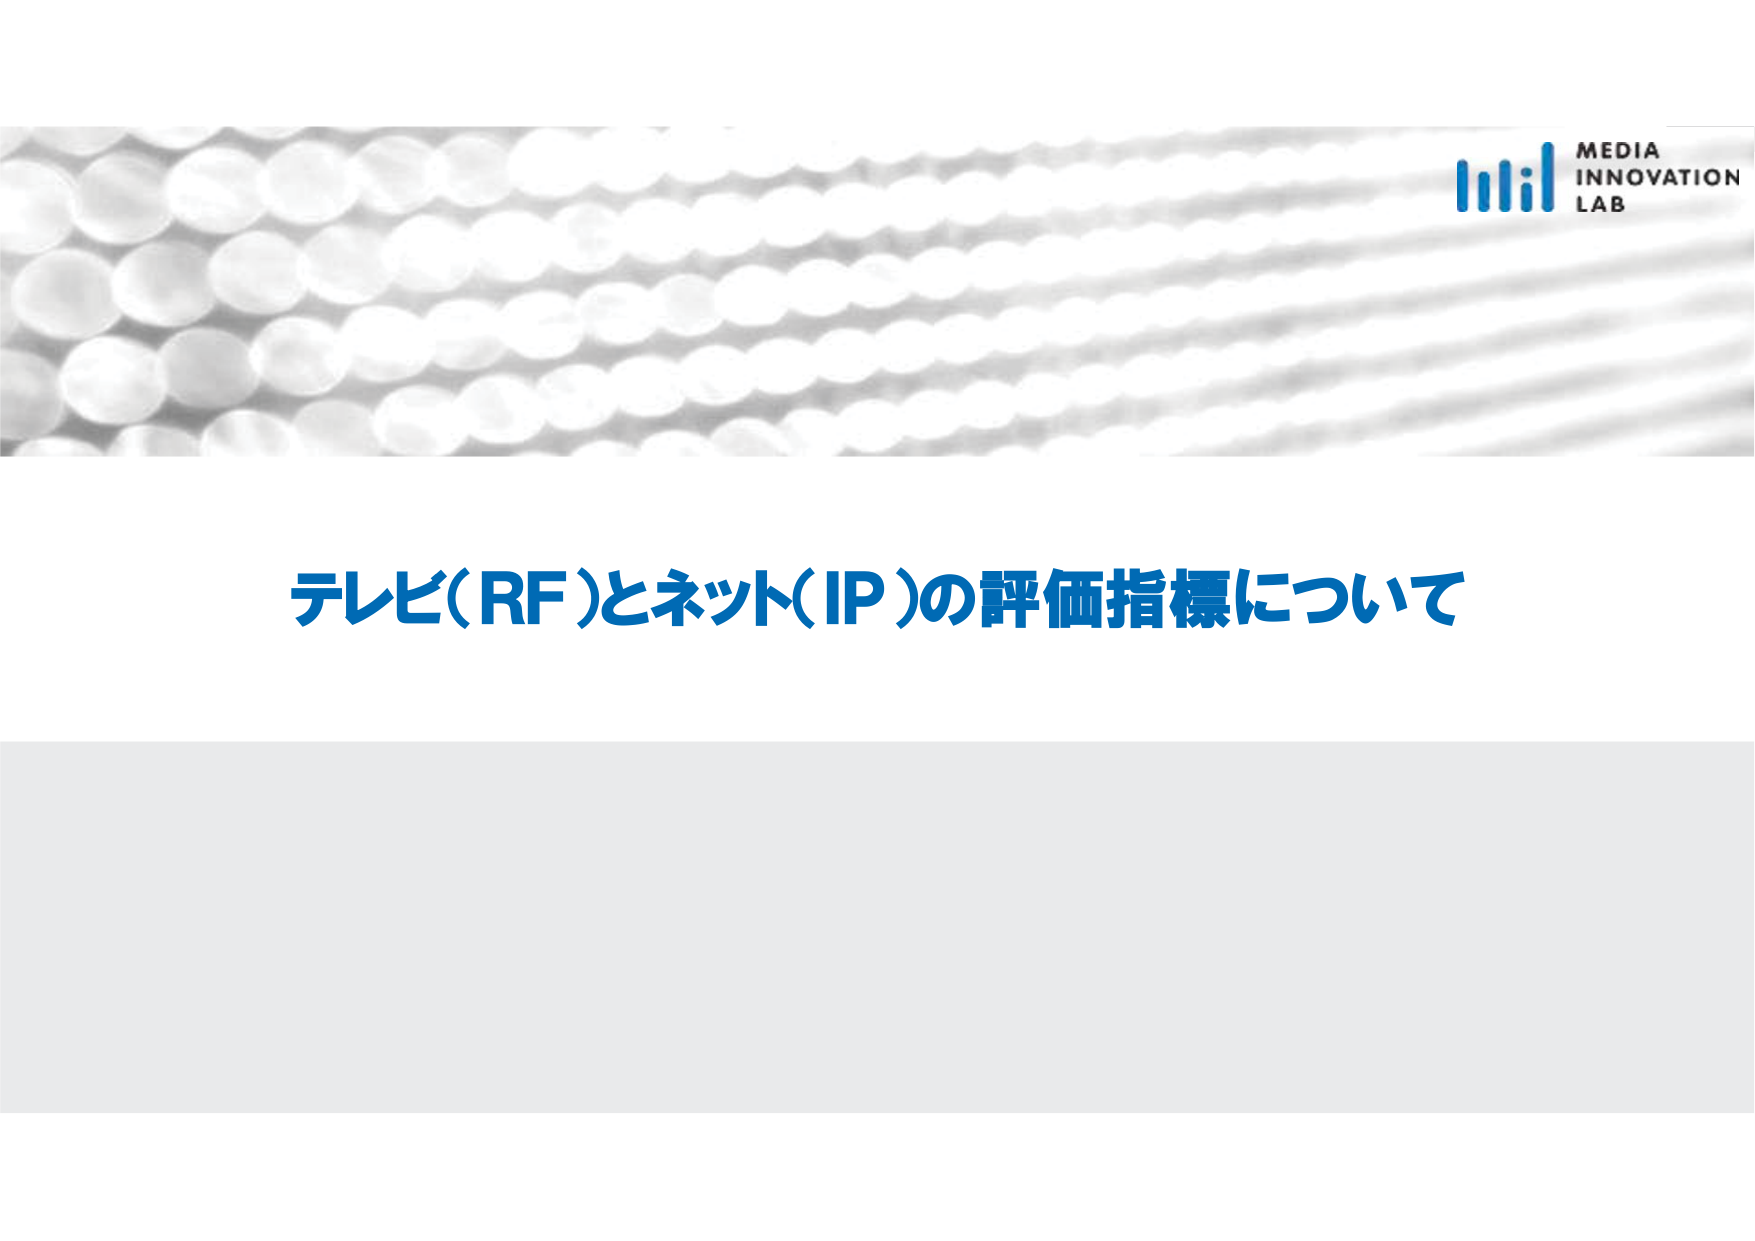
MEDIA
INNOVATION
LAB
テレビ(RF)とネット(IP)の評価指標について